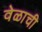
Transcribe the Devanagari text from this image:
वेळाची